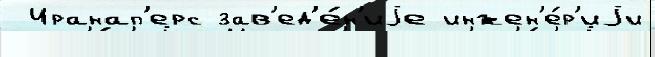
 Иранап'ерс зав'ед'е́н'иjе инжен'е́р'иjи